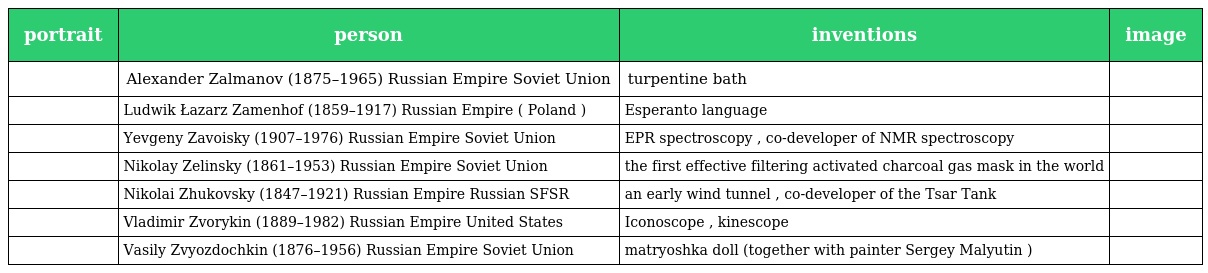
| portrait | person | inventions | image |
 | --- | --- | --- | --- |
 |  | Alexander Zalmanov (1875–1965) Russian Empire Soviet Union | turpentine bath |  |
 |  | Ludwik Łazarz Zamenhof (1859–1917) Russian Empire ( Poland ) | Esperanto language |  |
 |  | Yevgeny Zavoisky (1907–1976) Russian Empire Soviet Union | EPR spectroscopy , co-developer of NMR spectroscopy |  |
 |  | Nikolay Zelinsky (1861–1953) Russian Empire Soviet Union | the first effective filtering activated charcoal gas mask in the world |  |
 |  | Nikolai Zhukovsky (1847–1921) Russian Empire Russian SFSR | an early wind tunnel , co-developer of the Tsar Tank |  |
 |  | Vladimir Zvorykin (1889–1982) Russian Empire United States | Iconoscope , kinescope |  |
 |  | Vasily Zvyozdochkin (1876–1956) Russian Empire Soviet Union | matryoshka doll (together with painter Sergey Malyutin ) |  |